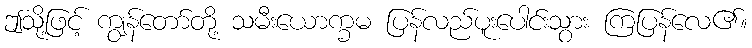
ဤသို့ဖြင့် ကျွန်တော်တို့ သမီးယောက္ခမ ပြန်လည်ပူးပေါင်းသွား ကြပြန်လေ၏။